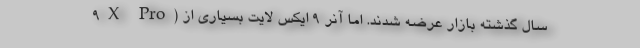
9X Pro) سال گذشته بازار عرضه شدند. اما آنر ۹ ایکس لایت بسیاری از